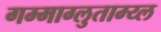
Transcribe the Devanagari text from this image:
गम्माग्लुताम्य्ल